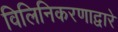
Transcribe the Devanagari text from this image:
विलिनिकरणाद्वारे